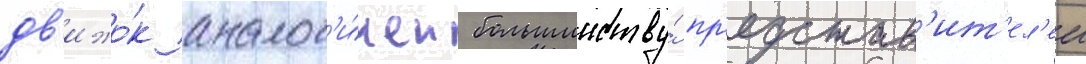
дв'ижо́к аналог'и́чен большинству́ пр'едстав'ит'ел'еи